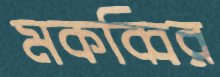
মকব্বির